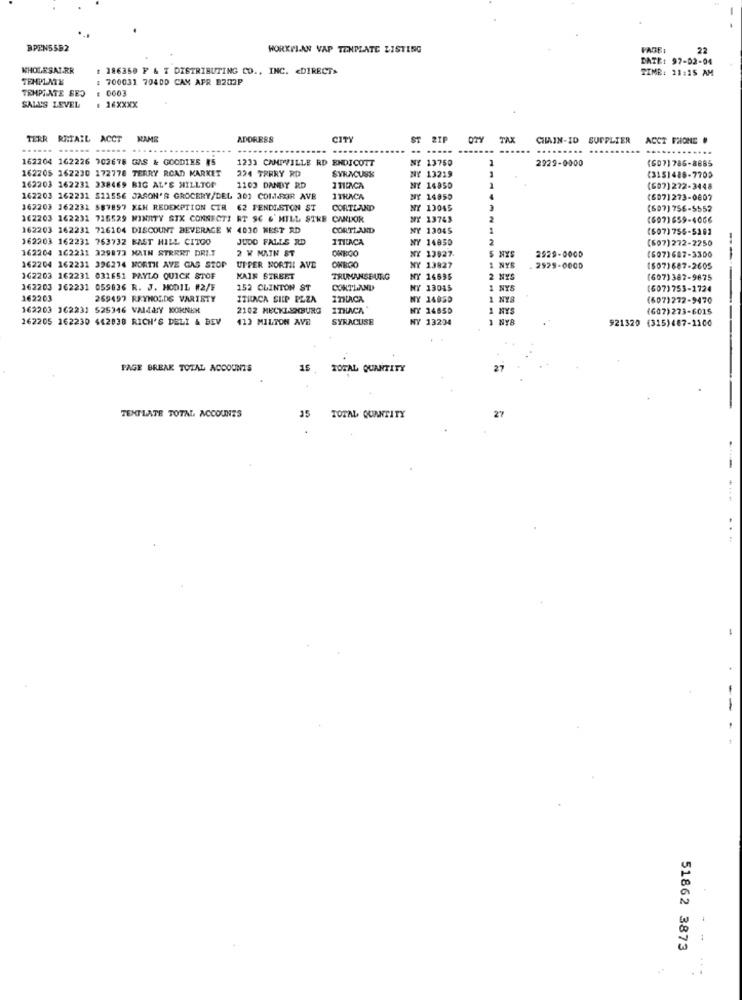
BPENS5B2
WORKPLAN VAP TINPLATE LISTING
PAGE:
22
DATE: 97-02-04
WHOLESAT.RR
# 186350 F & T DISTRIBUTING CO ., INC. < DIRECTS
TIME: 21:15 AM
TEMPLATE
: 700031 70400 CAM AFR B202P
TRMPINTE SEO
E 0003
SALES LEVEL
. 16XXXX
TERR RETAIL ACCT NAME
ADDRESS
CITY
ST ZIP
TA
CHAIN-ID SUPPLIER ACCZ FSONE
ACCT PHONE #
......
.......
.. .....
.........
....
162304 162226 702678 GAS & GOODIES #5
1233 CAMPVILLE RD ENDICOTT
NY 13750
2929-0000
(607) 785-8885
162205 162230 172778 TERRY ROAD MARKET
SYRACUSE
NY 13219
224 TRRRY RD
(3151488-7705
162203 162231 338469 BIG AL'S HILLTOP
1103 DANDY RD
3 TICACA
MY 14950
(607) 272-3448
162203 162231 511556 JASON'S GROCERY/DEL 301 COMPOR AVE
ITHACA
NY 14950
(6071273-0807
162203 362231 587897 KEH REDEMPTION CIR 62 FENDISTON ST
CORTLAND
NY 13045
(607) 756-5552
162203 162231 726529 MINATY SIX CONNECTI RT SC &' HILL STRE CANDOR
NY 13743
(6071659-4066
162203 162231 726104 DISCOUNT BEVERAGE K 4030 NEST RD
CORTLAND
NY 13045
1
(607)755-5363
162203 162231 763732 EAST HILL CITGO
JUDO FALLS RD
ITILACA
NY 14850
2
(607)272-2250
162204 162211 329873 MAIN STREET DRIT
NY 13927.
5 NYS
2929-0000
2 W MATH ST
1 NYB
(607)687-3300
162204 162231 396274 MORTH AVE GAS STOP
UPPER NORTH AVE
NY 13827
2925-0000
(607)687-2605
162203 162231 031651 PAYLO QUICK STOF
MAIN STREET
TRUMANSBURG
NY 14695
(607)387-9875
162203 362231 059836 R. J. HODIL #2/F
152 CLINTON ST
CORTLAND
NY 13045
1 NYS
(607)753-1724
162203
269497 REYNOLDS VARIETY
ITHACA SHIP PZZA
NY 14850
1 NYS
(607)272-9470
162203 362231 525346 VAJBY KORNER
2102 MECKLENBURG
ITHACA
NY 14850
1 NYS
(607)273-6015
162205 162230 442038 RICH'S DELI & BEV
413 MILTON AVE
SYRACUSE
NY 13234
1 NY8
921320 (315)487-1100
PAGE BREAK TOTAL ACCOUNTS
16
TOTAL QUANTITY
27
TEXTLATE TOTAL ACCOUNTS
35
27
TOTAL QUANTITY
:
51862 3873
.: